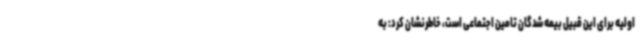
اولیه برای این قبیل بیمه شدگان تامین اجتماعی است، خاطرنشان کرد: به